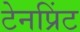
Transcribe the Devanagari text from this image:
टेनप्रिंट